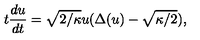
t \frac { d u } { d t } = \sqrt { 2 / \kappa } u ( \Delta ( u ) - \sqrt { \kappa / 2 } ) ,